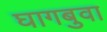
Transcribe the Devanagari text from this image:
घागबुवा